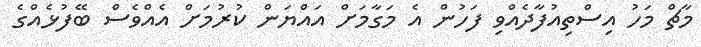
މާޗް މަހު އިސްތިއުފާދެއްވި ފަހުން އެ މަގާމަށް އައްޔަން ކުރުމަށް އެއްވެސް ބޭފުޅެއްގެ